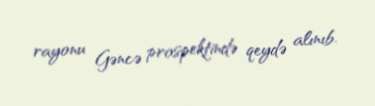
rayonu Gəncə prospektində qeydə alınıb.